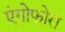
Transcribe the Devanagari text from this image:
एंगोफोरा